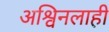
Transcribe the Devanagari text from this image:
अश्विनलाही